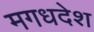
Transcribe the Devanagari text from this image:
मगधदेश